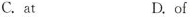
C.at D.of